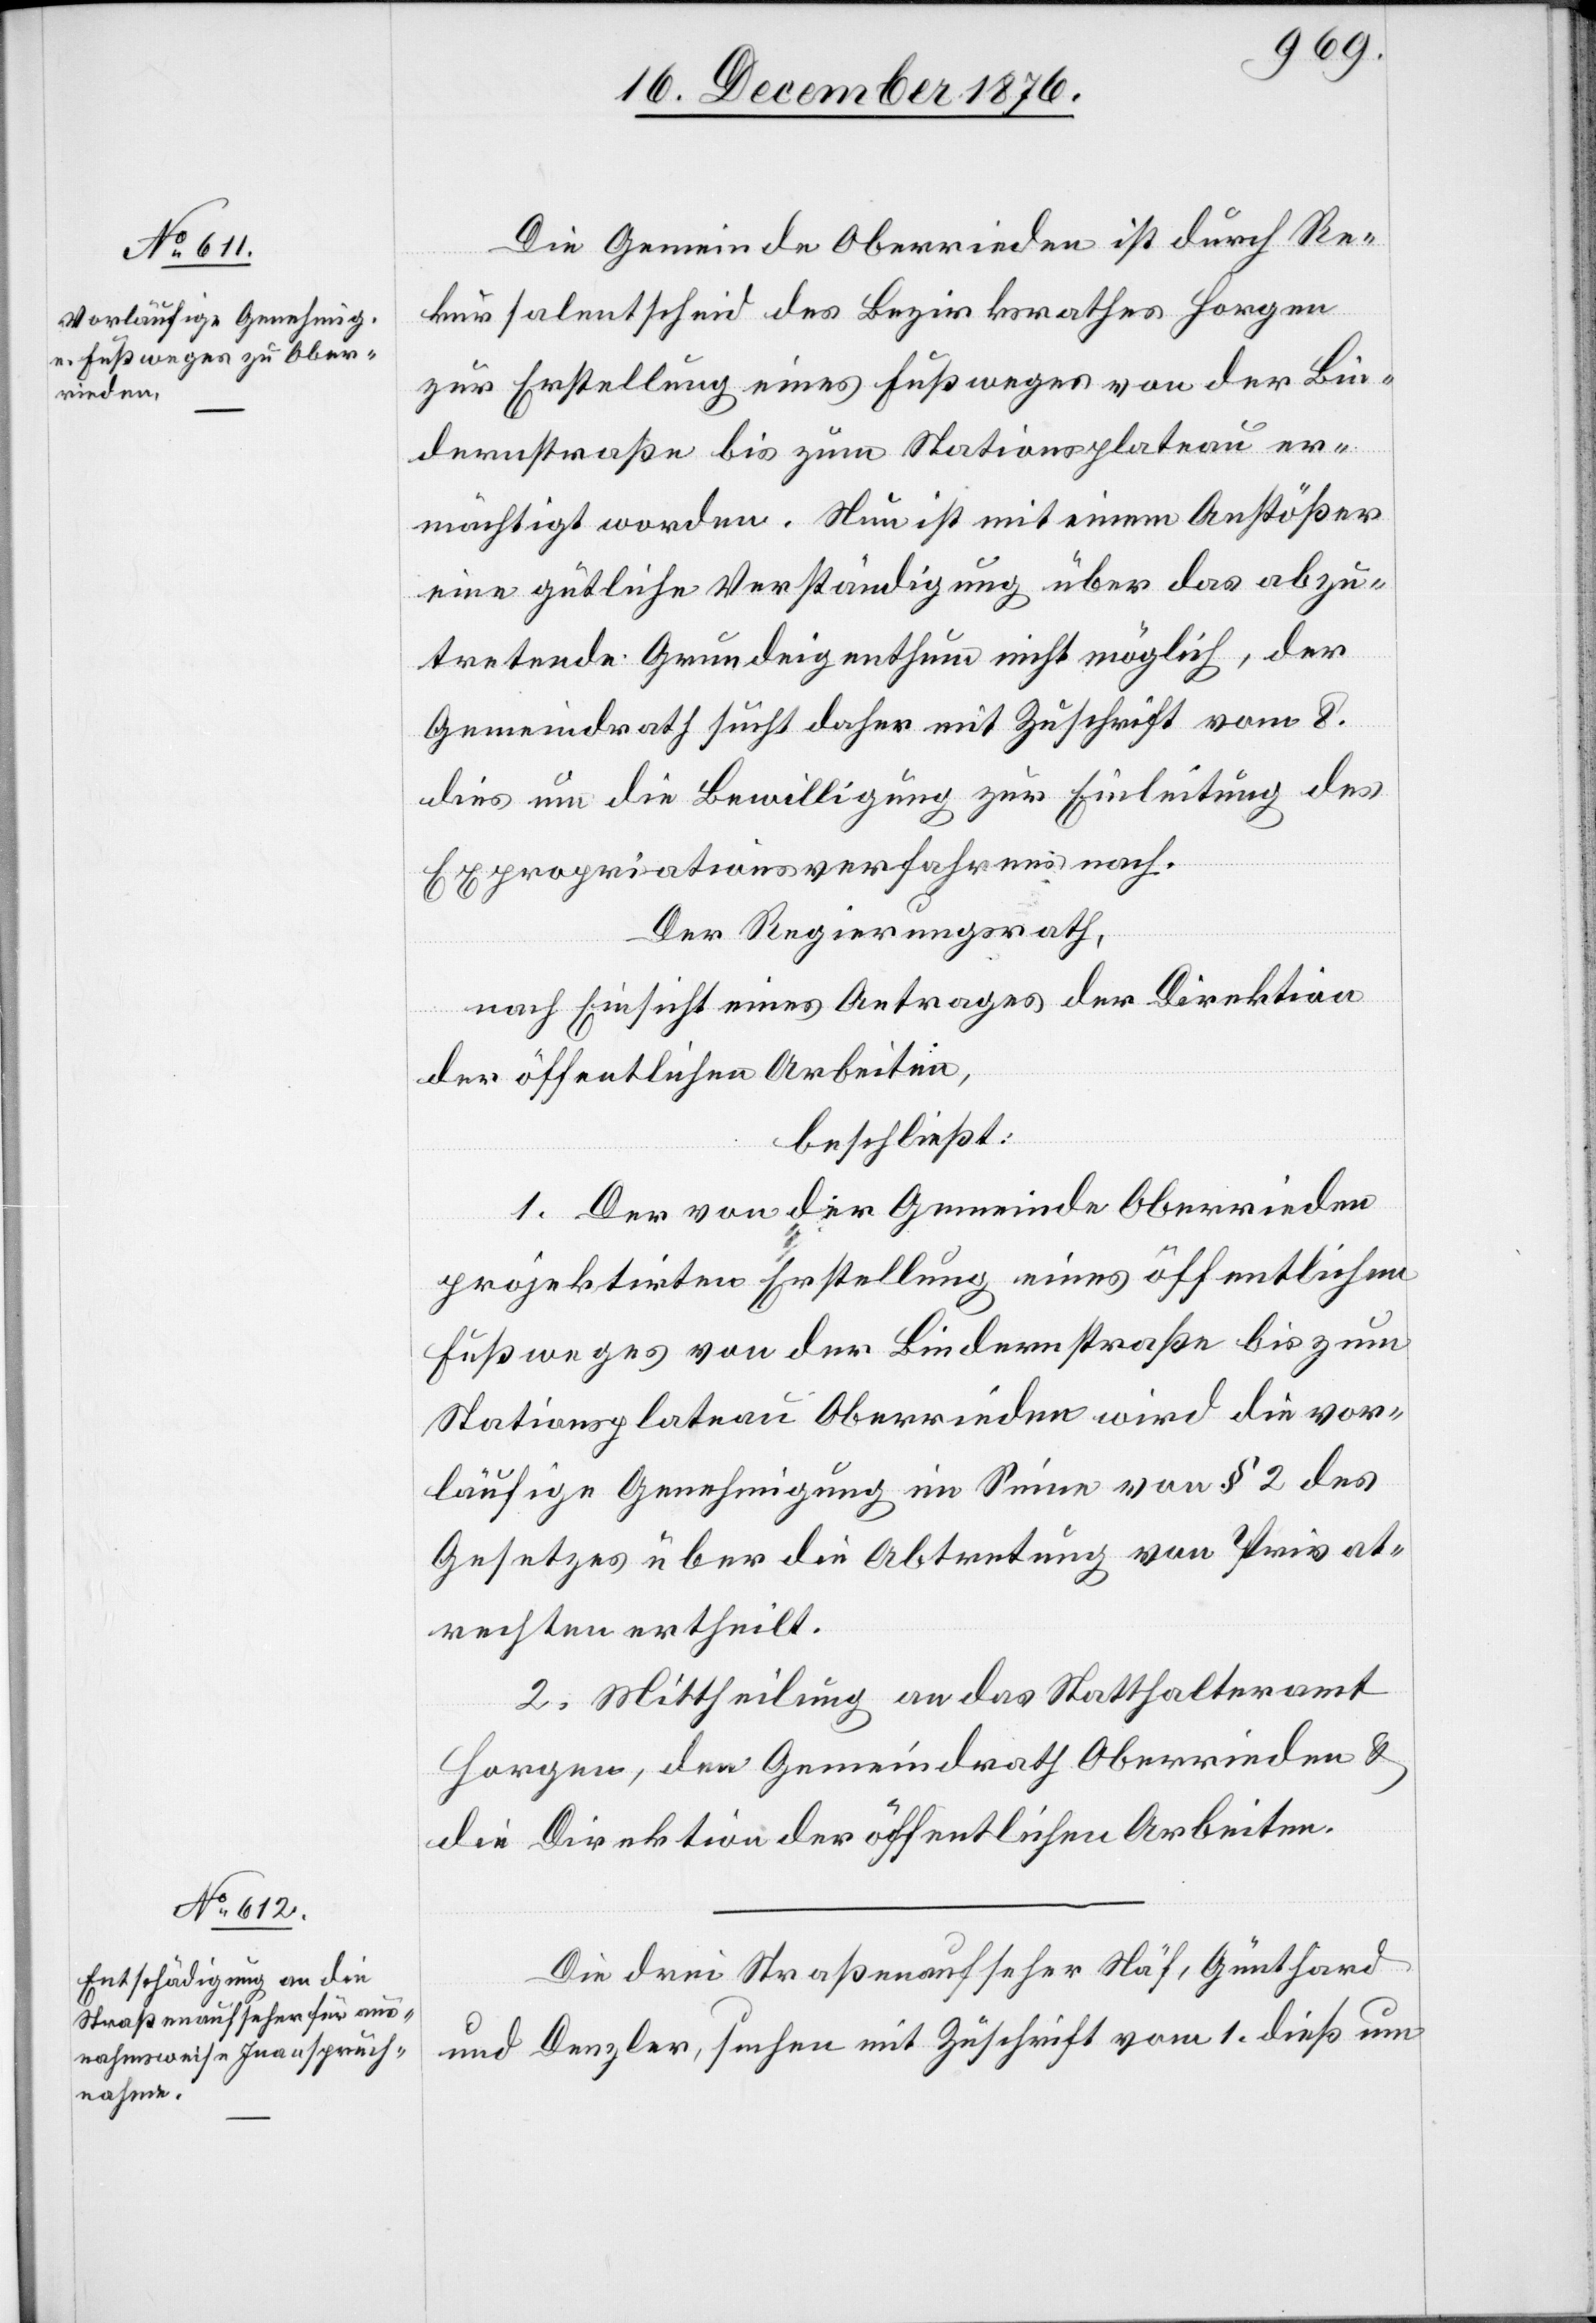
Die Gemeinde Oberrieden ist durch Re¬
kursalentscheid des Bezirksrathes Horgen
zur Erstellung eines Fußweges von der Bin¬
dernstraße bis zum Stationsplateau er¬
mächtigt worden. Nun ist mit einem Anstößer
eine gütliche Verständigung über das abzu¬
tretende Grundeigenthum nicht möglich, der
Gemeindrath sucht daher mit Zuschrift vom 8.
dies um die Bewilligung zur Einleitung des
Expropriationsverfahrens nach.
Der Regierungsrath,
nach Einsicht eines Antrages der Direktion
der öffentlichen Arbeiten,
beschließt:
1. Der von der Gemeinde Oberrieden
projektirten Erstellung eines öffentlichen
Fußweges von der Bindernstraße bis zum
Stationsplateau Oberrieden wird die vor¬
läufige Genehmigung im Sinne von § 2 des
Gesetzes über die Abtretung von Privat¬
rechten ertheilt.
2. Mittheilung an das Statthalteramt
Horgen, den Gemeindrath Oberrieden &
die Direktion der öffentlichen Arbeiten.
Die drei Straßenaufseher Näf, Günthard
und Denzler, suchen mit Zuschrift vom 1. dieß um